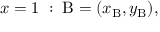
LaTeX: { \mathrm { � } } x = 1 { \mathrm { � } } : \; \mathrm { B } = ( x _ { \mathrm { B } } , y _ { \mathrm { B } } ) ,